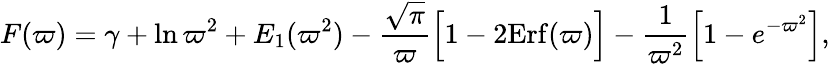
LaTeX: F(\varpi)=\gamma+\ln\varpi^{2}+E_{1}(\varpi^{2})-{\frac{\sqrt{\pi}}{\varpi}}\Big[1-2\mathrm{Erf}(\varpi)\Big]-{\frac{1}{\varpi^{2}}}\Big[1-e^{-\varpi^{2}}\Big],